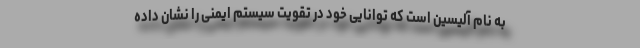
به نام آلیسین است که توانایی خود در تقویت سیستم ایمنی را نشان داده